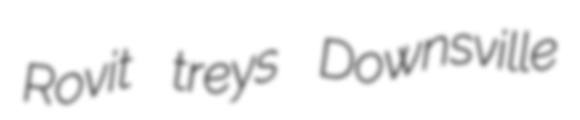
Rovit treys Downsville